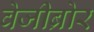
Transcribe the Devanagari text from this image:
वेजीब्रोर